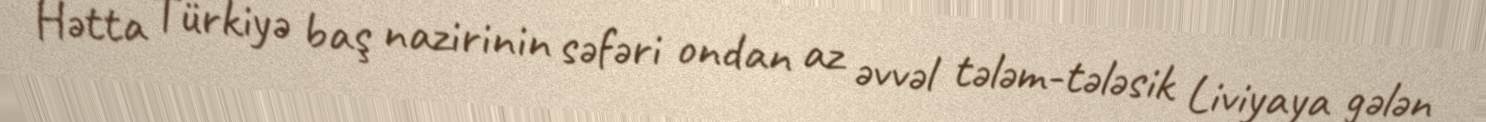
Hətta Türkiyə baş nazirinin səfəri ondan az əvvəl tələm-tələsik Liviyaya gələn